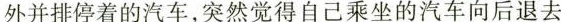
外并排停着的汽车，突然觉得自己乘坐的汽车向后退去